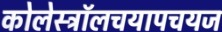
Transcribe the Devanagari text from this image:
कोलेस्ट्रॉलचयापचयज